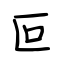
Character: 叵